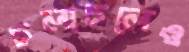
চলাচলেও